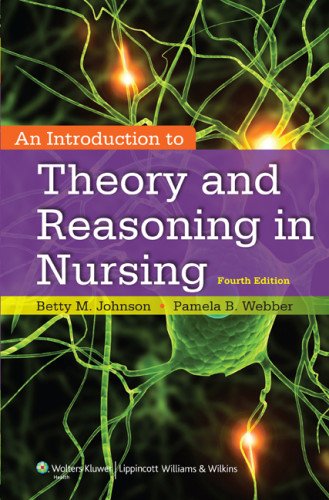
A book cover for An Introduction to Theory and Reasoning in Nursing; Betty Johnson PhD  RN; Medical Books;